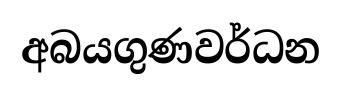
අබයගුණවර්ධන